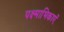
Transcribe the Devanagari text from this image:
पक्ष्माभिकाएँ